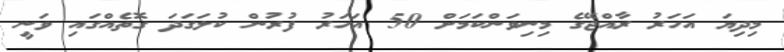
މިދިޔަ އަހަރު ރާއްޖޭގެ މިނިވަންކަމަށް 50 އަހަރު ފުރުން ކުލަގަދަ ގޮތެއްގައި ވަނީ